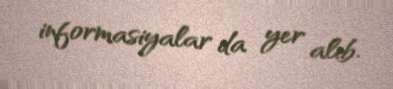
informasiyalar da yer alıb.